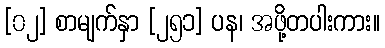
[၀၂] စာမျက်နှာ [၂၅၁] ပန၊ အဖို့တပါးကား။